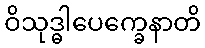
ဝိသုဒ္ဓါပေက္ခေနာတိ